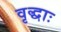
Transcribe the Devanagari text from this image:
वृद्धाः